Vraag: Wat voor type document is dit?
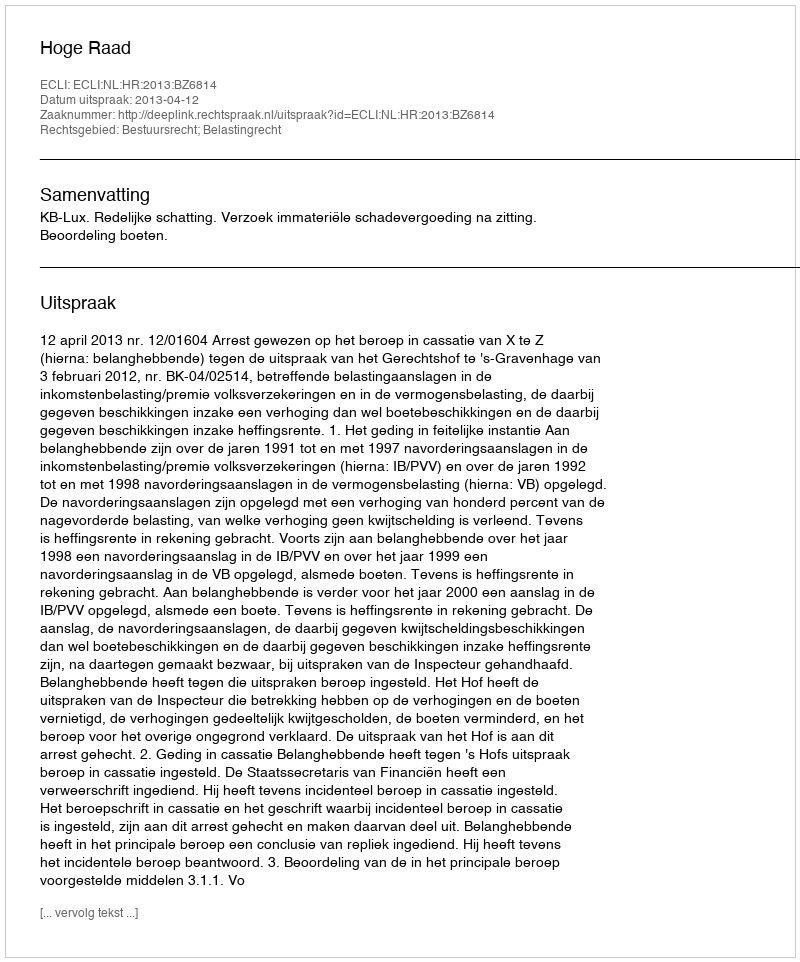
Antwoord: Uitspraak